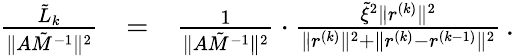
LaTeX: \begin{array}{rlr}{\frac{{{{\tilde{L}}_{k}}}}{{\| {A\tilde{M}^{-1}}\| ^{2}}}}&{=}&{\frac{1}{{\| {A\tilde{M}^{-1}}\| ^{2}}}\cdot\frac{\tilde{\xi}^{2}\| r^{(k)}\| ^{2}}{\| r^{(k)}\| ^{2}+\| r^{(k)}-r^{(k-1)}\| ^{2}}\, .}\end{array}